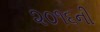
૨૦૧૬ની